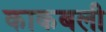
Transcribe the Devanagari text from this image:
काकबली